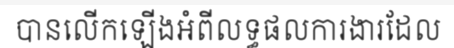
បានលើកឡើងអំពីលទ្ធផលការងារដែល